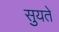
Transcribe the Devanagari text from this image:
सुयते